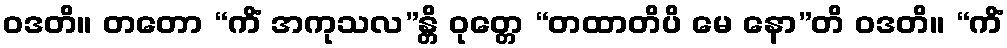
ဝဒတိ။ တတော “ကိံ အကုသလ”န္တိ ဝုတ္တေ “တထာတိပိ မေ နော”တိ ဝဒတိ။ “ကိံ